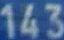
143